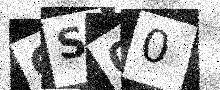
Text: GS00